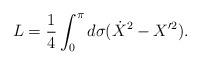
LaTeX: \begin{align*} L=\frac{1}{4}\int _0^\pi d\sigma (\dot{X}^2-X'^2).\end{align*}